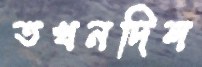
তখনদিল